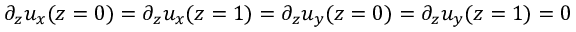
\partial _ { z } u _ { x } ( z = 0 ) = \partial _ { z } u _ { x } ( z = 1 ) = \partial _ { z } u _ { y } ( z = 0 ) = \partial _ { z } u _ { y } ( z = 1 ) = 0